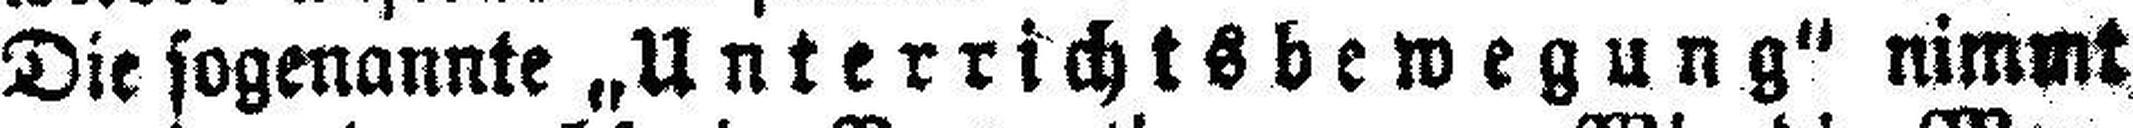
Die sogenannte „Unterrichtsbewegung“ nimmt